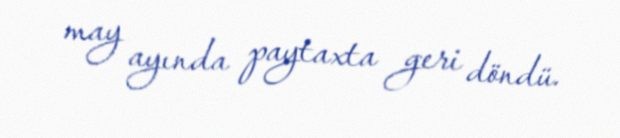
may ayında paytaxta geri döndü.